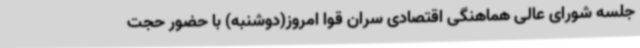
جلسه شورای عالی هماهنگی اقتصادی سران قوا امروز(دوشنبه) با حضور حجت